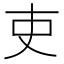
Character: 吏